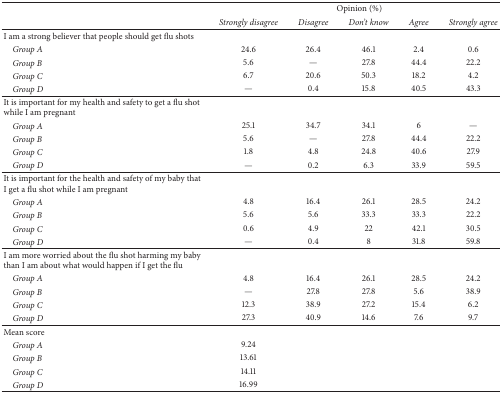
<table><thead><tr><td rowspan="2"><b> </b></td><td colspan="5"><b>Opinion (%)</b></td></tr><tr><td><b><i>Strongly disagree</i></b></td><td><b><i>Disagree</i></b></td><td><b><i>Don&#x27;t know</i></b></td><td><b><i>Agree</i></b></td><td><b><i>Strongly agree</i></b></td></tr></thead><tbody><tr><td>I am a strong believer that people should get flu shots</td><td> </td><td> </td><td> </td><td> </td><td> </td></tr><tr><td><i> Group A</i></td><td>24.6</td><td>26.4</td><td>46.1</td><td>2.4</td><td>0.6</td></tr><tr><td><i> Group B</i></td><td>5.6</td><td>—</td><td>27.8</td><td>44.4</td><td>22.2</td></tr><tr><td><i> Group C</i></td><td>6.7</td><td>20.6</td><td>50.3</td><td>18.2</td><td>4.2</td></tr><tr><td><i> Group D</i></td><td>—</td><td>0.4</td><td>15.8</td><td>40.5</td><td>43.3</td></tr><tr><td>It is important for my health and safety to get a flu shot while I am pregnant</td><td> </td><td> </td><td> </td><td> </td><td> </td></tr><tr><td><i> Group A</i></td><td>25.1</td><td>34.7</td><td>34.1</td><td>6</td><td>—</td></tr><tr><td><i> Group B</i></td><td>5.6</td><td>—</td><td>27.8</td><td>44.4</td><td>22.2</td></tr><tr><td><i> Group C</i></td><td>1.8</td><td>4.8</td><td>24.8</td><td>40.6</td><td>27.9</td></tr><tr><td><i> Group D</i></td><td>—</td><td>0.2</td><td>6.3</td><td>33.9</td><td>59.5</td></tr><tr><td>It is important for the health and safety of my baby that I get a flu shot while I am pregnant</td><td> </td><td> </td><td> </td><td> </td><td> </td></tr><tr><td><i> Group A</i></td><td>4.8</td><td>16.4</td><td>26.1</td><td>28.5</td><td>24.2</td></tr><tr><td><i> Group B</i></td><td>5.6</td><td>5.6</td><td>33.3</td><td>33.3</td><td>22.2</td></tr><tr><td><i> Group C</i></td><td>0.6</td><td>4.9</td><td>22</td><td>42.1</td><td>30.5</td></tr><tr><td><i> Group D</i></td><td>—</td><td>0.4</td><td>8</td><td>31.8</td><td>59.8</td></tr><tr><td>I am more worried about the flu shot harming my baby than I am about what would happen if I get the flu</td><td> </td><td> </td><td> </td><td> </td><td> </td></tr><tr><td><i> Group A</i></td><td>4.8</td><td>16.4</td><td>26.1</td><td>28.5</td><td>24.2</td></tr><tr><td><i> Group B</i></td><td>—</td><td>27.8</td><td>27.8</td><td>5.6</td><td>38.9</td></tr><tr><td><i> Group C</i></td><td>12.3</td><td>38.9</td><td>27.2</td><td>15.4</td><td>6.2</td></tr><tr><td><i> Group D</i></td><td>27.3</td><td>40.9</td><td>14.6</td><td>7.6</td><td>9.7</td></tr><tr><td>Mean score</td><td> </td><td> </td><td> </td><td> </td><td> </td></tr><tr><td><i> Group A</i></td><td>9.24</td><td> </td><td> </td><td> </td><td> </td></tr><tr><td><i> Group B</i></td><td>13.61</td><td> </td><td> </td><td> </td><td> </td></tr><tr><td><i> Group C</i></td><td>14.11</td><td> </td><td> </td><td> </td><td> </td></tr><tr><td><i> Group D</i></td><td>16.99</td><td> </td><td> </td><td> </td><td> </td></tr></tbody></table>